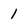
Character: 1